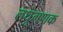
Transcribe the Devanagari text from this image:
लधुगणक